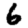
Digit: 6